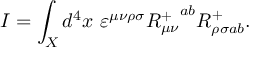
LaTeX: I = \int _ { X } d ^ { 4 } x \ \varepsilon ^ { \mu \nu \rho \sigma } { R _ { \mu \nu } ^ { + } } ^ { a b } R _ { \rho \sigma a b } ^ { + } .